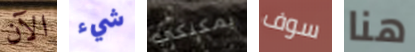
الآن شيء يمكنكي سوف هنا